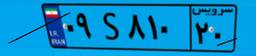
۰۹S۸۱۰۲۰